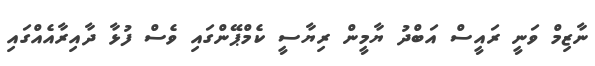
ނާޒިމް ވަނީ ރައީސް އަބްދު ޔާމީން ރިޔާސީ ކެމްޕޭންގައި ވެސް ފުޅާ ދާއިރާއެއްގައި